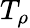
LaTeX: T_{\rho}